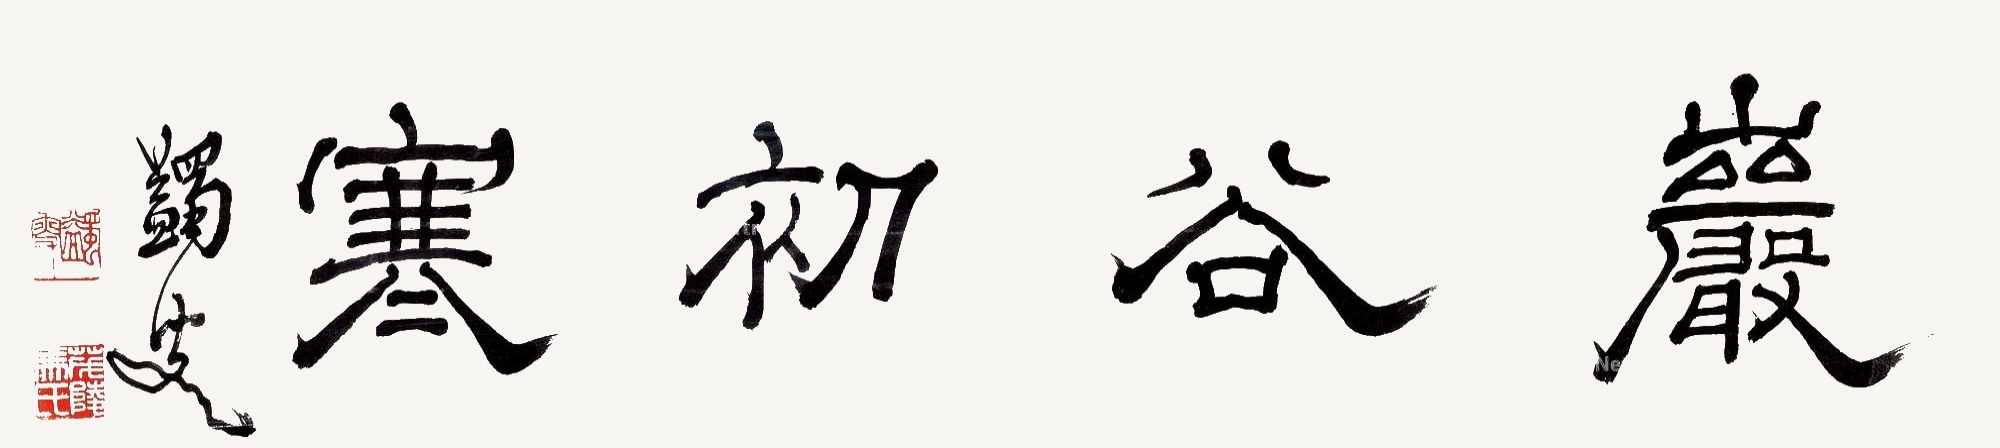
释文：岩谷初寒蠲叟。